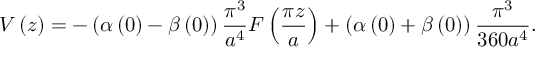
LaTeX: V \left( z \right) = - \left( \alpha \left( 0 \right) - \beta \left( 0 \right) \right) \frac { \pi ^ { 3 } } { a ^ { 4 } } F \left( \frac { \pi z } { a } \right) + \left( \alpha \left( 0 \right) + \beta \left( 0 \right) \right) \frac { \pi ^ { 3 } } { 3 6 0 a ^ { 4 } } .